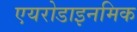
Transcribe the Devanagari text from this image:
एयरोडाइनमिक